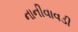
નાનીવાવડી